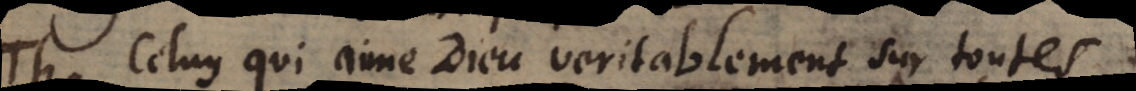
h. Celuy qui aime Dieu veritablement sur